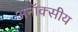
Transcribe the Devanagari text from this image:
अनॉक्सीय